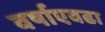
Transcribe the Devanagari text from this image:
वर्षाएवढा